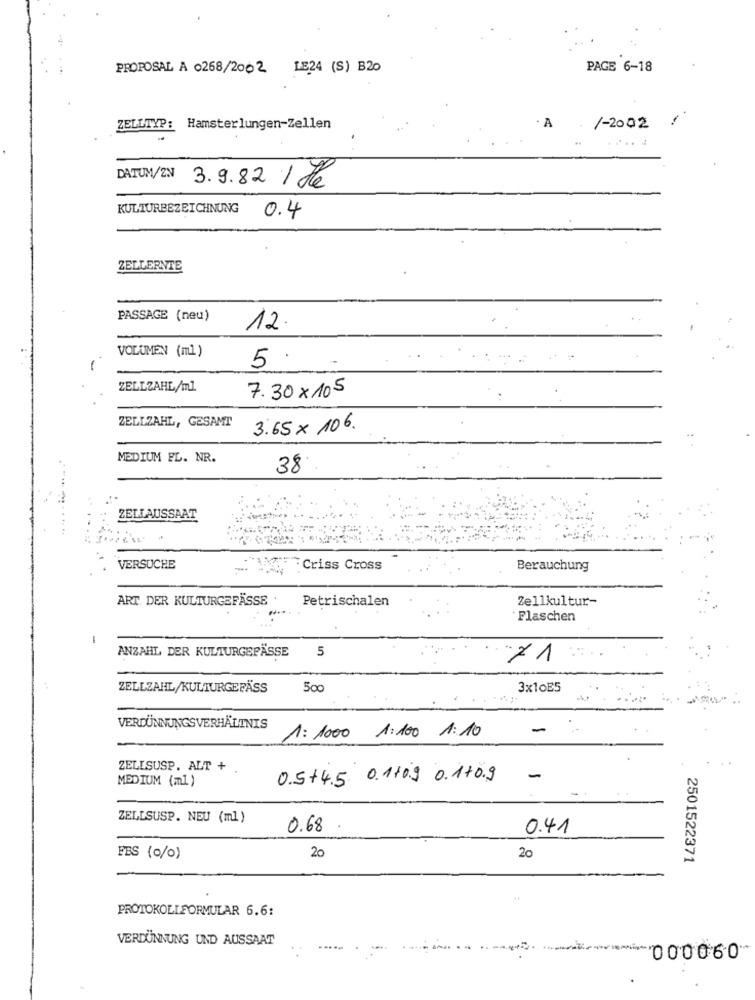
PROPOSAL A 0268/2002 LE24 (S) B20
PAGE 6-18
ZELLTYP: Hamsterlungen-Zellen
. A
/-2002
DATUM/2N
3.9.82 / He
KULTURBEZEICHNUNG
0.4
ZELLERNTE
PASSAGE (neu)
12
VOLUMEN (ml )
5.
ZELLZAHL/ml
7.30 × 105
ZELLZAHL, GESAMT
3.65 x 106.
MEDIUM EL. NR.
38
ZELLAUSSAAT
.---....
VERSUCHE
-
Criss Cross
Berauchung
ART DER KULTURGEFÄSSE
Petrischalen
Zellkultur-
Flaschen
in
ANZAHL DER KULTURGEPÄSSE
×1
ZELLZAHL/KULTURGEFÄSS
500
3x10E5
VERDÜNNUNGSVERHÄLTNIS
-
1: 1000 1:100 1:10
ZELLSUSP. ALT + .
0.5+4.5 0.110.9 0.170.9
-
MEDIUM (ml )
ZELLSUSP. NEU (ml)
0.68
0.41
FBS (0/0)
20
20
2501522371
PROTOKOLLFORMULAR 6.6:
VERDÜNNUNG UND AUSSAAT
000060